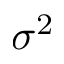
\sigma ^ { 2 }